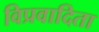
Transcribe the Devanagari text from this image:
विप्रवादिता